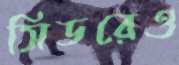
সিডরেও